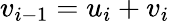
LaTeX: v_{i-1}=u_{i}+v_{i}